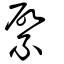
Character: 綮